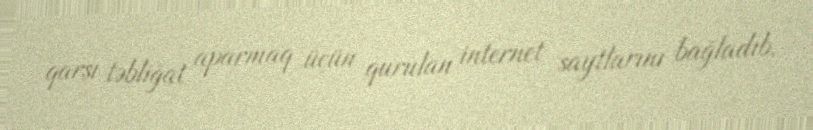
qarşı təbliğat aparmaq üçün qurulan internet saytlarını bağladıb.